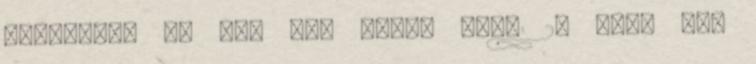
miénknél. Én ezt már több, mint 20 éve, nap